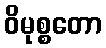
ဝိမုစ္စတော